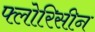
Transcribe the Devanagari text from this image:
फ्लोरिसीन